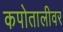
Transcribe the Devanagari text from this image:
कपोतालीवर